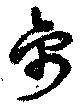
禽